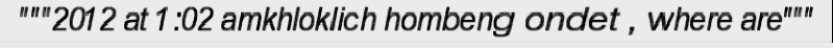
"""2012 at 1:02 amkhloklich hombeng ondet , where are"""